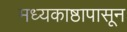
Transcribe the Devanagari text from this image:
मध्यकाष्ठापासून